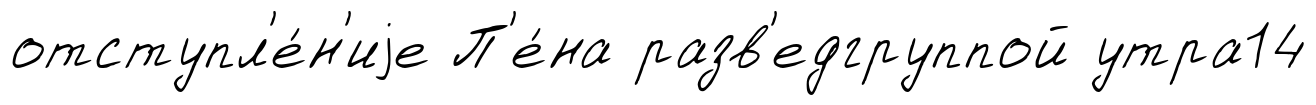
отступл'е́н'иjе П'е́на разв'едгруппой утра14